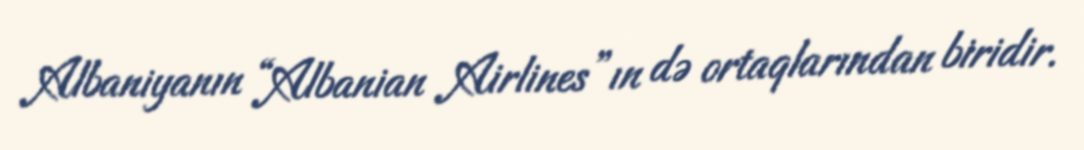
Albaniyanın “Albanian Airlines”ın də ortaqlarından biridir.